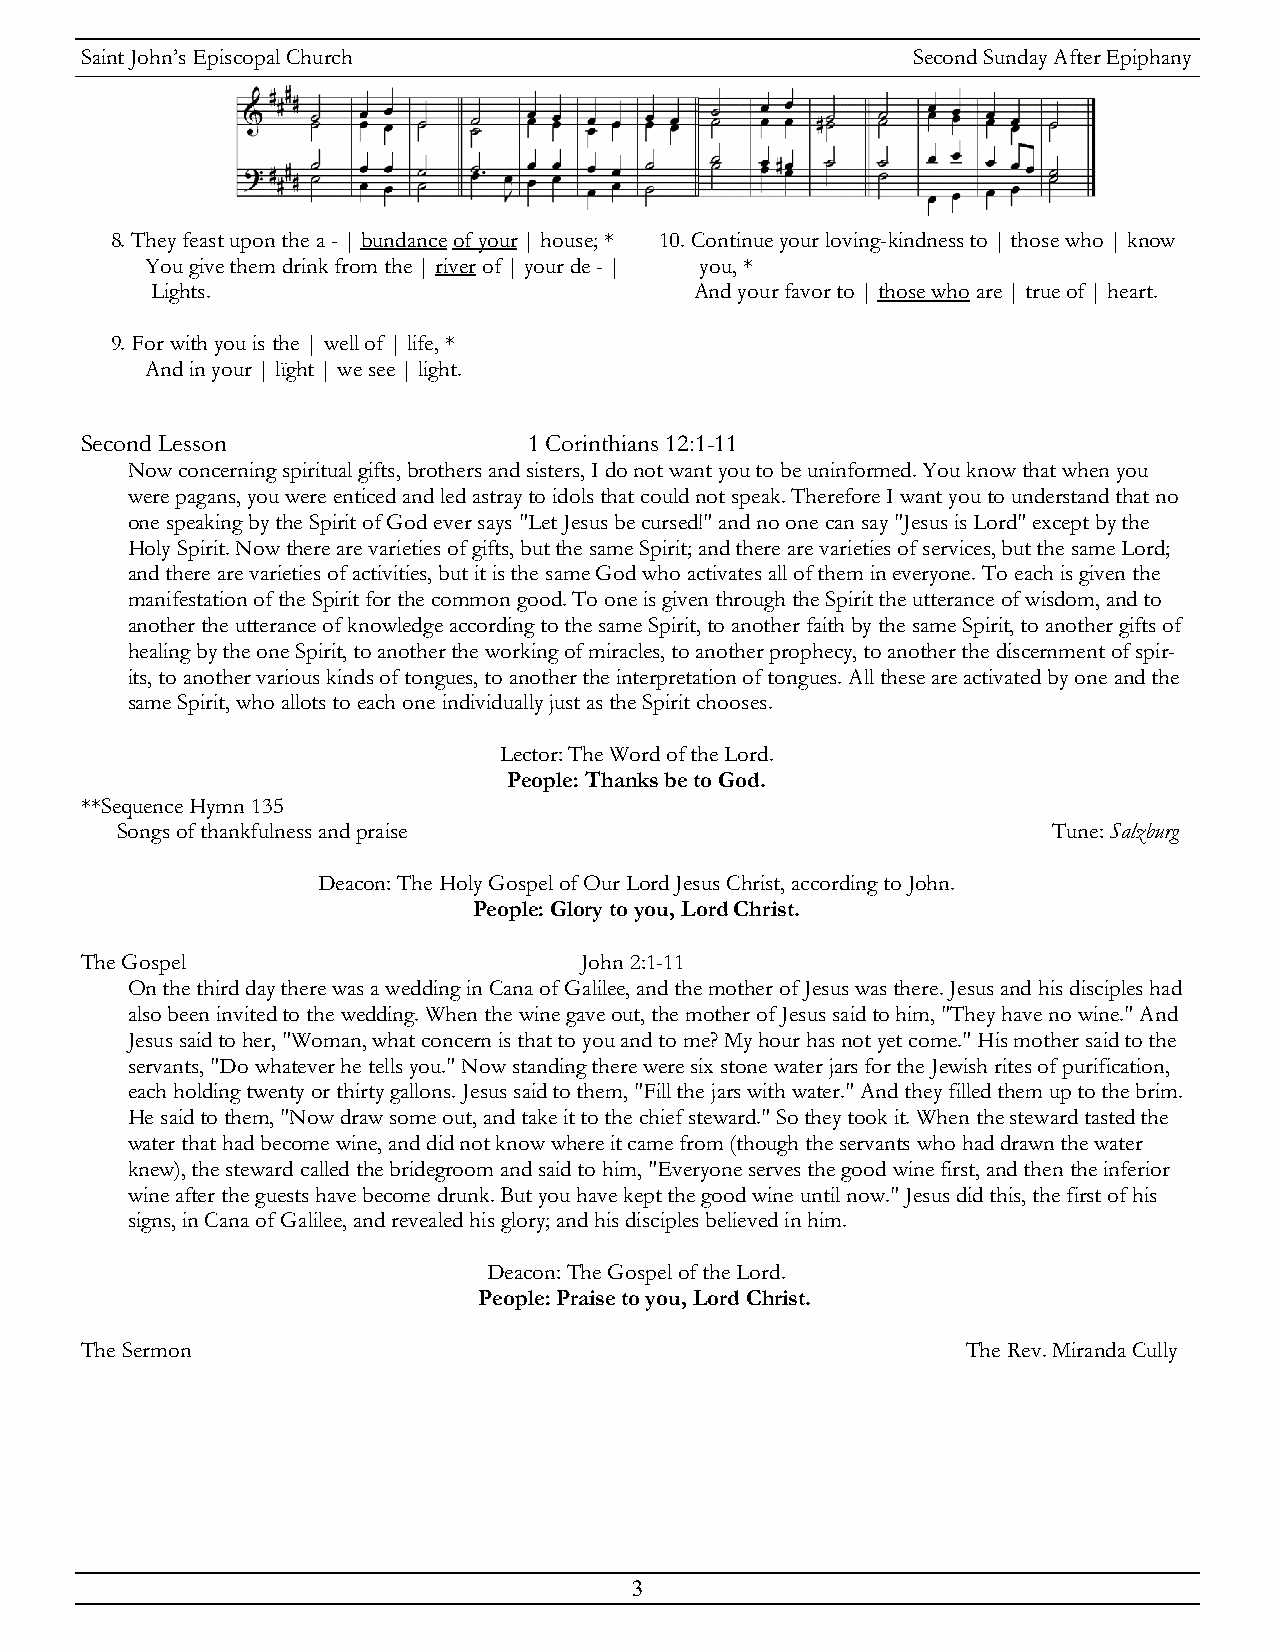
Saint John’s Episcopal Church                          Second Sunday After Epiphany
 8. They feast upon the a - | bundance of your | house; * 10. Continue your loving-kindness to | those who | know
 You give them drink from the | river of | your de - | you, *
 Lights.                             And your favor to | those who are | true of | heart.
 9. For with you is the | well of | life, *
 And in your | lïght | we see | light.
 Second Lesson                 1 Corinthians 12:1-11
 Now concerning spiritual gifts, brothers and sisters, I do not want you to be uninformed. You know that when you
 were pagans, you were enticed and led astray to idols that could not speak. Therefore I want you to understand that no
 one speaking by the Spirit of God ever says "Let Jesus be cursed!" and no one can say "Jesus is Lord" except by the
 Holy Spirit. Now there are varieties of gifts, but the same Spirit; and there are varieties of services, but the same Lord;
 and there are varieties of activities, but it is the same God who activates all of them in everyone. To each is given the
 manifestation of the Spirit for the common good. To one is given through the Spirit the utterance of wisdom, and to
 another the utterance of knowledge according to the same Spirit, to another faith by the same Spirit, to another gifts of
 healing by the one Spirit, to another the working of miracles, to another prophecy, to another the discernment of spir-
 its, to another various kinds of tongues, to another the interpretation of tongues. All these are activated by one and the
 same Spirit, who allots to each one individually just as the Spirit chooses.
 Lector: The Word of the Lord.
 People: Thanks be to God.
 **Sequence Hymn 135
 Songs of thankfulness and praise                              Tune: Salzburg
 Deacon: The Holy Gospel of Our Lord Jesus Christ, according to John.
 People: Glory to you, Lord Christ.
 The Gospel                       John 2:1-11
 On the third day there was a wedding in Cana of Galilee, and the mother of Jesus was there. Jesus and his disciples had
 also been invited to the wedding. When the wine gave out, the mother of Jesus said to him, "They have no wine." And
 Jesus said to her, "Woman, what concern is that to you and to me? My hour has not yet come." His mother said to the
 servants, "Do whatever he tells you." Now standing there were six stone water jars for the Jewish rites of purification,
 each holding twenty or thirty gallons. Jesus said to them, "Fill the jars with water." And they filled them up to the brim.
 He said to them, "Now draw some out, and take it to the chief steward." So they took it. When the steward tasted the
 water that had become wine, and did not know where it came from (though the servants who had drawn the water
 knew), the steward called the bridegroom and said to him, "Everyone serves the good wine first, and then the inferior
 wine after the guests have become drunk. But you have kept the good wine until now." Jesus did this, the first of his
 signs, in Cana of Galilee, and revealed his glory; and his disciples believed in him.
 Deacon: The Gospel of the Lord.
 People: Praise to you, Lord Christ.
 The Sermon                                                 The Rev. Miranda Cully
 3